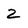
Character: 2